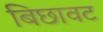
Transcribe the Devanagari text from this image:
बिछावट